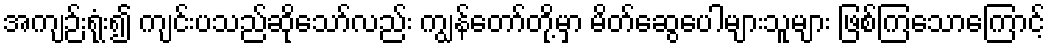
အကျဉ်းရုံး၍ ကျင်းပသည်ဆိုသော်လည်း ကျွန်တော်တို့မှာ မိတ်ဆွေပေါများသူများ ဖြစ်ကြသောကြောင့်